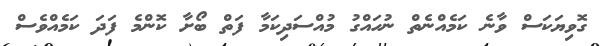
ގޮވިޔަކަސް ވާނެ ކަމެއްނެތް ނުހައްގު މުއްސަދިކަމާ ފަތް ބޯށާ ކޮންމެ ފަދަ ކަމެއްވެސް